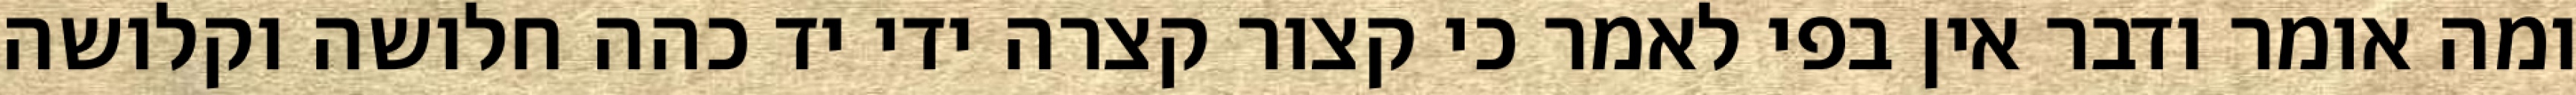
ומה אומר ודבר אין בפי לאמר כי קצור קצרה ידי יד כהה חלושה וקלושה